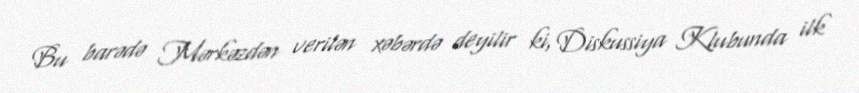
Bu barədə Mərkəzdən verilən xəbərdə deyilir ki, Diskussiya Klubunda ilk